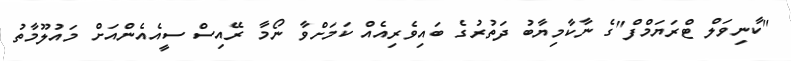
"ކާނިވަލް ޓްރަޔަމްފް"ގެ ނާކާމިޔާބު ދަތުރުގެ ބައިވެރިއެއް ކަމަށްވާ ނޯމާ ރޭއިސް ސީއެއެންއަށް މައުލޫމާތު